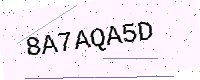
Text: 8A7AQA5D